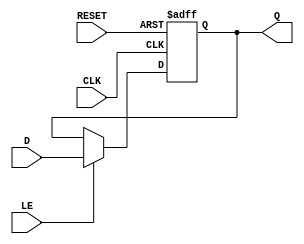
module ControlRegister #(
    parameter WIDTH = 8 // Parameter to define the width of the register
) (
    input wire [WIDTH-1:0] D,      // Data input
    input wire CLK,                 // Clock signal
    input wire RESET,               // Reset signal (active high)
    input wire LE,                  // Load Enable signal
    output reg [WIDTH-1:0] Q        // Data output
);

    // Asynchronous reset
    always @(posedge CLK or posedge RESET) begin
        if (RESET) begin
            Q <= {WIDTH{1'b0}}; // Set to all zeros on reset
        end
        else if (LE) begin
            Q <= D; // Load data into the register if Load Enable is asserted
        end
        // If neither RESET nor LE are asserted, Q retains its previous value
    end

endmodule